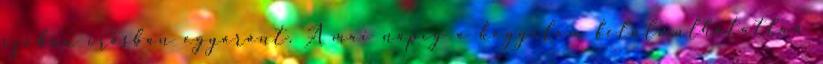
szóban írásban egyaránt. A mai napig a kegyelem felülmúlhatatlan